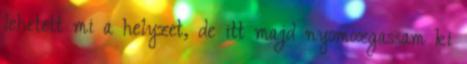
lehetett mi a helyzet, de itt majd nyomozgassam ki